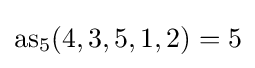
{\rm {as}}_{5}(4,3,5,1,2)=5